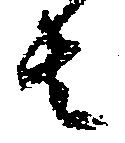
は